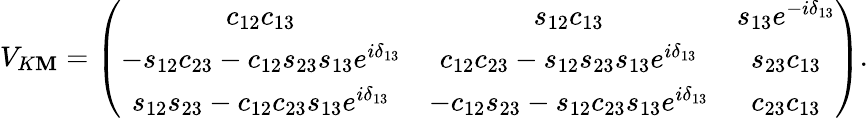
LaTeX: V_{K\mathbf{M}}=\left(\begin{array}{ccc}{{c_{12}c_{13}}}&{{s_{12}c_{13}}}&{{s_{13}e^{-i\delta_{13}}}}\\ {{-s_{12}c_{23}-c_{12}s_{23}s_{13}e^{i\delta_{13}}}}&{{c_{12}c_{23}-s_{12}s_{23}s_{13}e^{i\delta_{13}}}}&{{s_{23}c_{13}}}\\ {{s_{12}s_{23}-c_{12}c_{23}s_{13}e^{i\delta_{13}}}}&{{-c_{12}s_{23}-s_{12}c_{23}s_{13}e^{i\delta_{13}}}}&{{c_{23}c_{13}}}\end{array}\right).